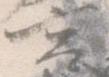
宮